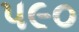
પ૯૦